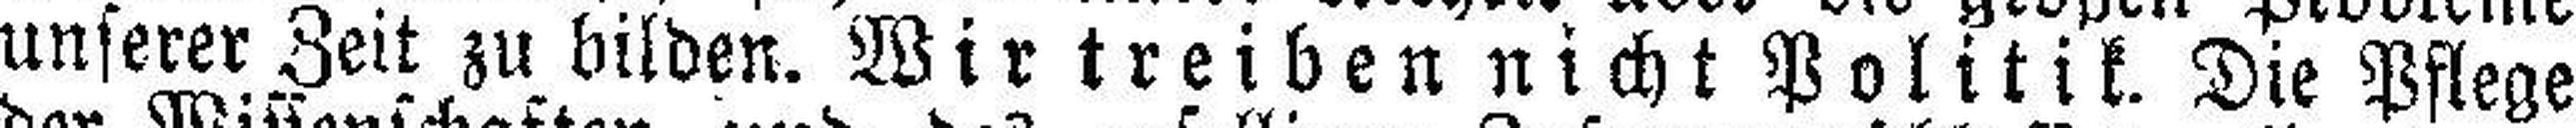
unserer Zeit zu bilden. Wir treiben nicht Politik. Die Pflege